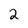
Character: 2